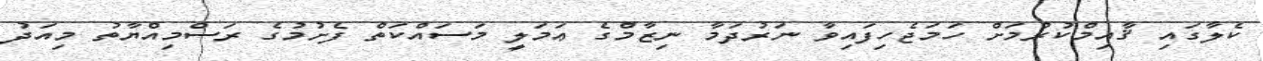
ކެލާގައި ޤާއިމްކުރުމަށް ހަމަޖެހިފައިވާ ނަރުދަމާ ނިޒާމްގެ ޢަމަލީ މަސައްކަތް ފެށުމުގެ ރަސްމިއްޔާތު މިއަދު